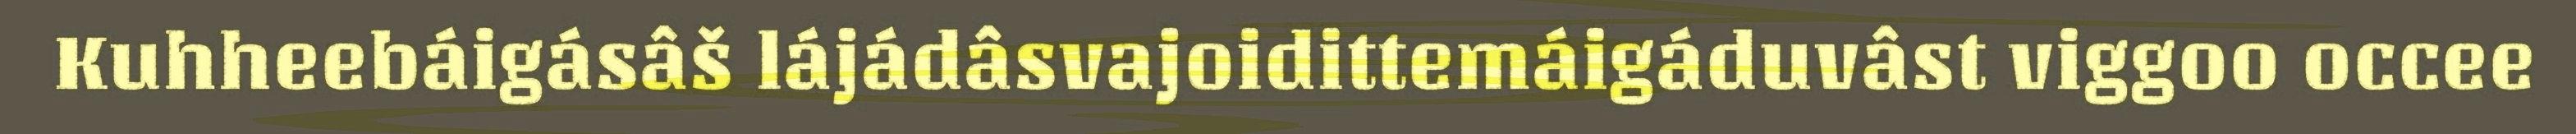
Kuhheebáigásâš lájádâsvajoidittemáigáduvâst viggoo occee